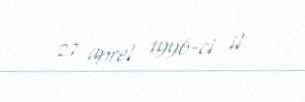
27 aprel 1996-ci il